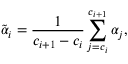
\tilde { \alpha } _ { i } = \frac { 1 } { c _ { i + 1 } - c _ { i } } \sum _ { j = c _ { i } } ^ { c _ { i + 1 } } { \alpha _ { j } } ,